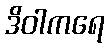
ဒိဝါကရေ